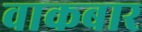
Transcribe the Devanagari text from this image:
वाकबार